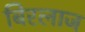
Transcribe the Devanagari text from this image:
बिरलाज